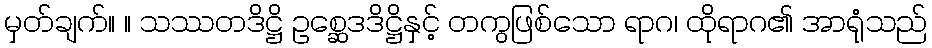
မှတ်ချက်။ ။ သဿတဒိဋ္ဌိ ဥစ္ဆေဒဒိဋ္ဌိနှင့် တကွဖြစ်သော ရာဂ၊ ထိုရာဂ၏ အာရုံသည်